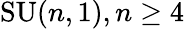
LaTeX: \mathrm{SU}(n,1),n\geq 4